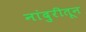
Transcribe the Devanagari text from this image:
नांदुरीतून